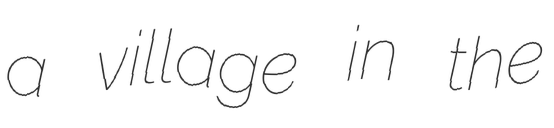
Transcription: a village in the